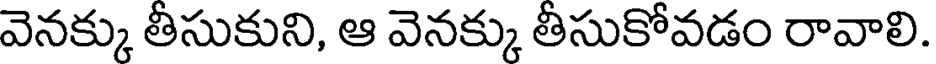
వెనక్కు తీసుకుని, ఆ వెనక్కు తీసుకోవడం రావాలి.